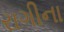
રાગીના